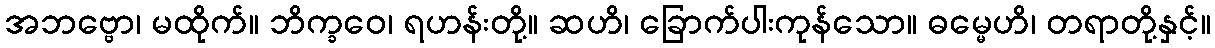
အဘဗ္ဗော၊ မထိုက်။ ဘိက္ခဝေ၊ ရဟန်းတို့။ ဆဟိ၊ ခြောက်ပါးကုန်သော။ ဓမ္မေဟိ၊ တရာတို့နှင့်။